画像に写った文字を読んでください
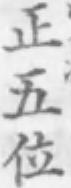
「正五位」と書いてあります